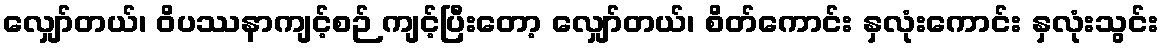
လျှော်တယ်၊ ဝိပဿနာကျင့်စဉ် ကျင့်ပြီးတော့ လျှော်တယ်၊ စိတ်ကောင်း နှလုံးကောင်း နှလုံးသွင်း